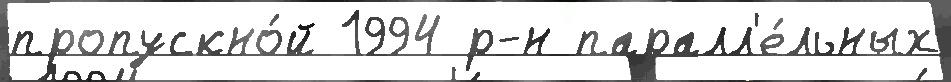
пропускно́й 1994 р-н паралл'е́льных